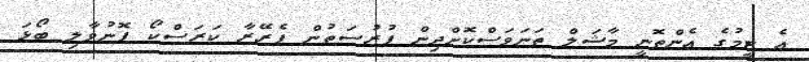
އެ ޓީމުގެ އެންތޮނީ މާޝަލް ތަނަވަސްކޮށްދިން ފުރުސަތުން ފެރޭރާ ކަރަސްކޯ ފޮނުވާލި ބޯޅަ